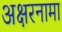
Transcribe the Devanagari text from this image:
अक्षरनामा